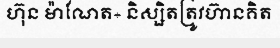
ហ៊ុន ម៉ាណែត÷ និស្សិតត្រូវហ៊ានគិត